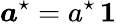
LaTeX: \boldsymbol a^{\star}=a^{\star}\, \boldsymbol 1